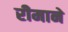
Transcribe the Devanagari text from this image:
रीमाने